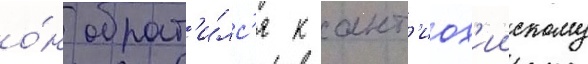
о́н обрат'и́лс'я к ант'иох'иискому